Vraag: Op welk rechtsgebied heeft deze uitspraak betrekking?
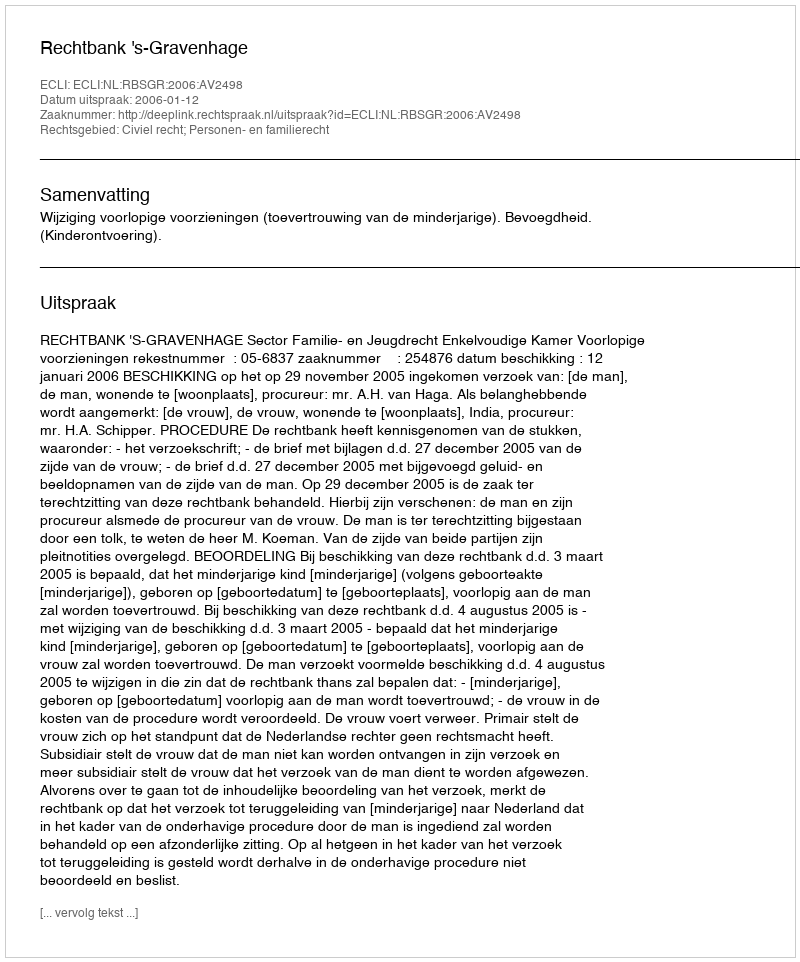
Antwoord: Civiel recht; Personen- en familierecht